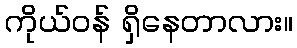
ကိုယ်ဝန် ရှိနေတာလား။